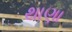
થાણા